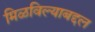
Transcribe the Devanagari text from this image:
मिळविल्याबद्दल